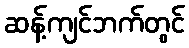
ဆန့်ကျင်ဘက်တွင်